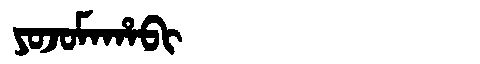
Manchu: ᠶᠣᠵᠣᠮᠠᡥᠠᠪᡳ
Romanization: YOJOMAHABI